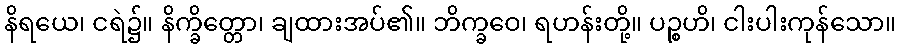
နိရယေ၊ ငရဲ၌။ နိက္ခိတ္တော၊ ချထားအပ်၏။ ဘိက္ခဝေ၊ ရဟန်းတို့။ ပဉ္စဟိ၊ ငါးပါးကုန်သော။